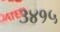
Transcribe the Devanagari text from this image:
३४१५